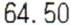
64.50